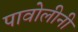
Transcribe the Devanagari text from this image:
पावोलीनी